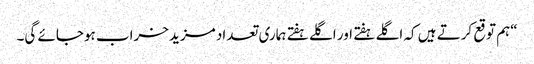
“ہم توقع کرتے ہیں کہ اگلے ہفتے اور اگلے ہفتے ہماری تعداد مزید خراب ہوجائے گی۔